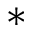
^ *